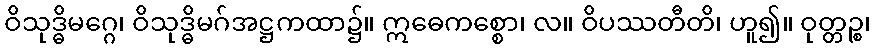
ဝိသုဒ္ဓိမဂ္ဂေ၊ ဝိသုဒ္ဓိမဂ်အဋ္ဌကထာ၌။ ဣဓေကစ္စော၊ လ။ ဝိပဿတီတိ၊ ဟူ၍။ ဝုတ္တဉ္စ၊